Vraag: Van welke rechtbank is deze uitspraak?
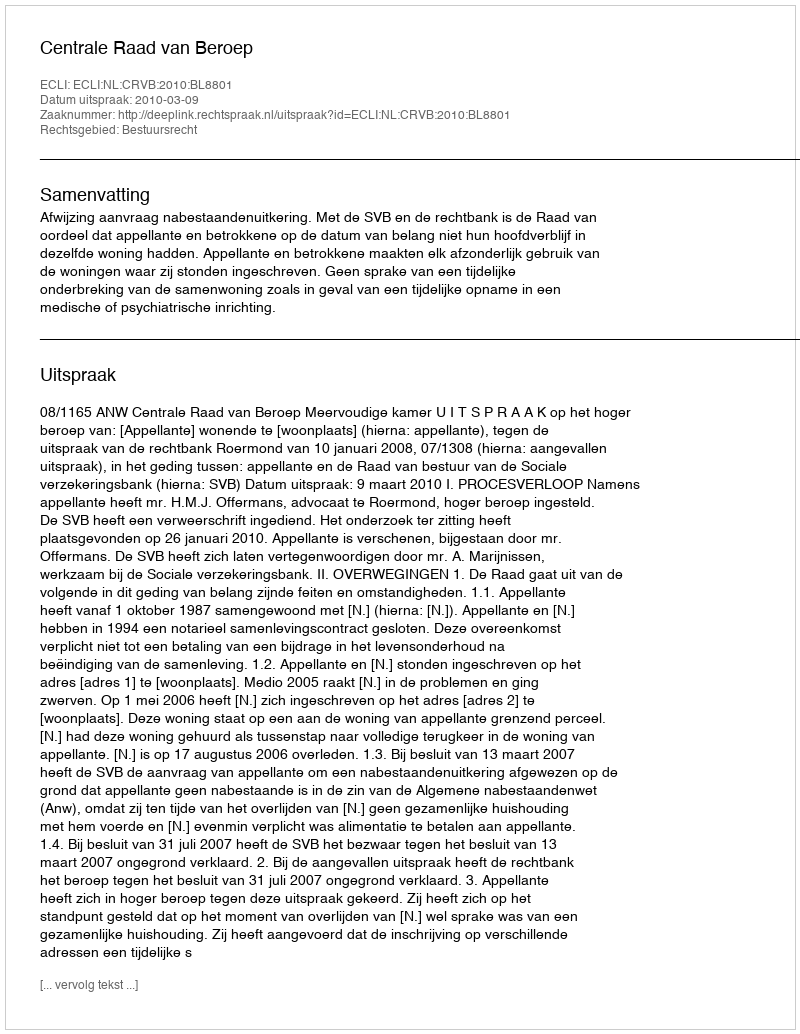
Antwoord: Centrale Raad van Beroep